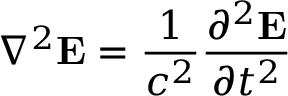
\nabla ^ { 2 } \mathbf { E } = { \frac { 1 } { c ^ { 2 } } } { \frac { \partial ^ { 2 } \mathbf { E } } { \partial t ^ { 2 } } }